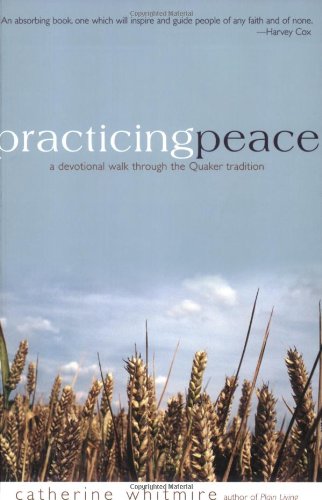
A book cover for Practicing Peace: A Devotional Walk Through the Quaker Tradition; Catherine Whitmire; Christian Books & Bibles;